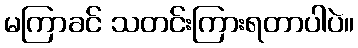
မကြာခင် သတင်းကြားရတာပါပဲ။